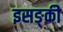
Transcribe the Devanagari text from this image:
इसङ्की